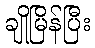
ချိုမြိန်ပြီး